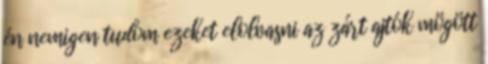
én nemigen tudom ezeket elolvasni az zárt ajtók mögött